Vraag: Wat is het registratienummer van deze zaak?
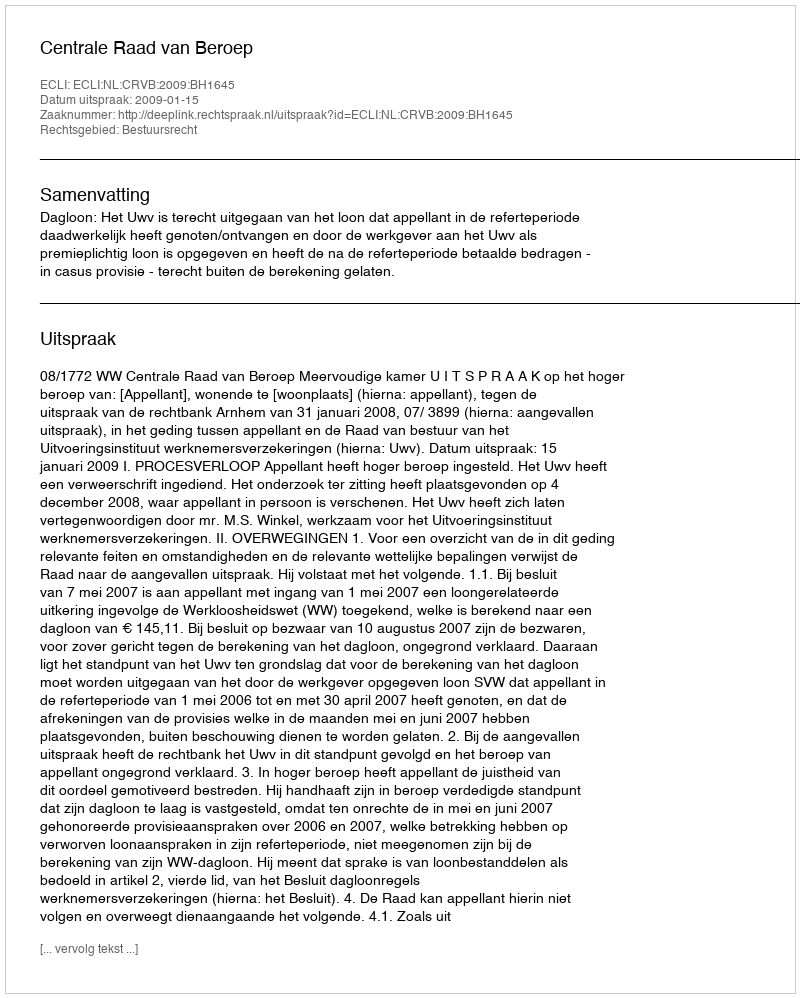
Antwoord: http://deeplink.rechtspraak.nl/uitspraak?id=ECLI:NL:CRVB:2009:BH1645